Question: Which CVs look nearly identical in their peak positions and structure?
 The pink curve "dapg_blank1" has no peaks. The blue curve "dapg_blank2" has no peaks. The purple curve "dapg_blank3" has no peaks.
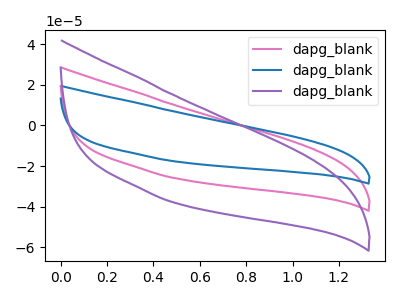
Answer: <think>Neither "dapg_blank1" or "dapg_blank2" have any peaks. Neither "dapg_blank1" or "dapg_blank3" have any peaks. Neither "dapg_blank2" or "dapg_blank3" have any peaks.
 </think>
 <answer>"dapg_blank2", "dapg_blank1" and "dapg_blank3" have the same shape and are likely CV's of the same chemical.</answer>
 <eval>"dapg_blank2" "dapg_blank1" "dapg_blank3"</eval>